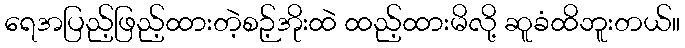
ရေအပြည့်ဖြည့်ထားတဲ့စဉ့်အိုးထဲ ထည့်ထားမိလို့ ဆူခံထိဘူးတယ်။